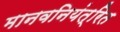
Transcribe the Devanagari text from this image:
मानवनियंत्रित